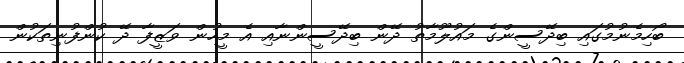
ބޯހިމެނުމުގައި ބިދޭސީންގެ މައުލޫމާތު ދޭން ބިދޭސީންނާއި އެ މީހުން ވަޒީފާ ދޭ ކުންފުނިތަކުން